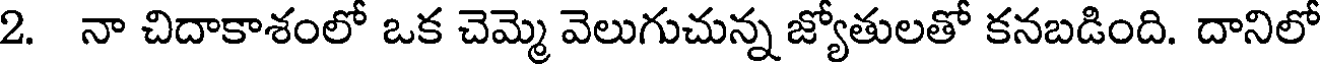
2. నా చిదాకాశంలో ఒక చెమ్మె వెలుగుచున్న జ్యోతులతో కనబడింది. దానిలో